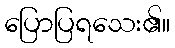
ပြောပြရသေး၏။